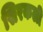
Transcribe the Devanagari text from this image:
सिरकली